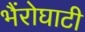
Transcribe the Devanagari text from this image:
भैंरोघाटी